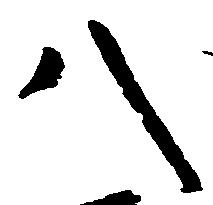
八